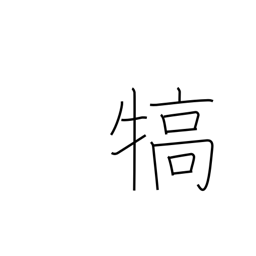
Meaning: reward